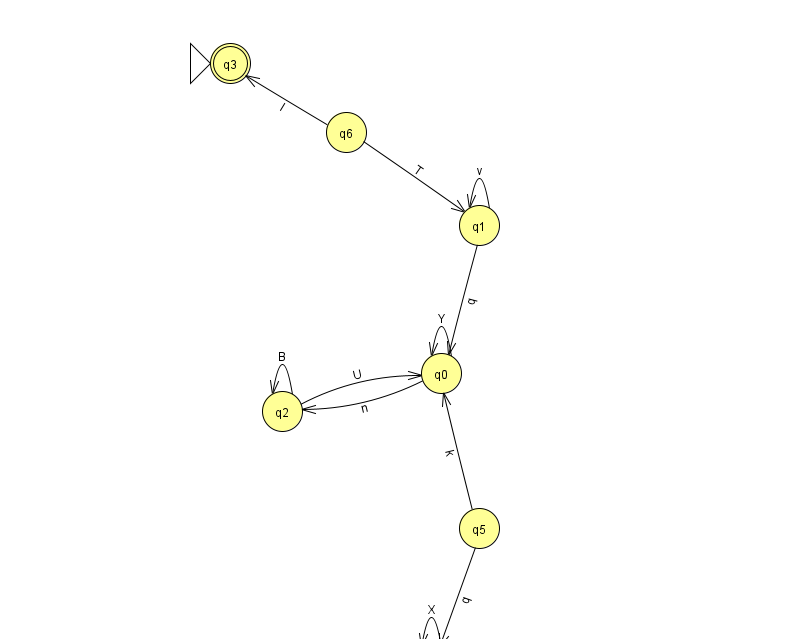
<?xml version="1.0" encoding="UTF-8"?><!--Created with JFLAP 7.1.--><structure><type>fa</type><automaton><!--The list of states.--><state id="0" name="q0"><x>441.0</x><y>360.0</y></state><state id="1" name="q1"><x>479.0</x><y>212.0</y></state><state id="2" name="q2"><x>282.0</x><y>398.0</y></state><state id="3" name="q3"><x>230.0</x><y>50.0</y><initial/><final/></state><state id="4" name="q4"><x>431.0</x><y>651.0</y></state><state id="5" name="q5"><x>479.0</x><y>515.0</y></state><state id="6" name="q6"><x>346.0</x><y>119.0</y></state><!--The list of transitions.--><transition><from>2</from><to>2</to><read>B</read></transition><transition><from>0</from><to>2</to><read>n</read></transition><transition><from>1</from><to>0</to><read>q</read></transition><transition><from>1</from><to>1</to><read>v</read></transition><transition><from>5</from><to>0</to><read>k</read></transition><transition><from>4</from><to>4</to><read>X</read></transition><transition><from>6</from><to>1</to><read>T</read></transition><transition><from>6</from><to>3</to><read>I</read></transition><transition><from>0</from><to>0</to><read>Y</read></transition><transition><from>5</from><to>4</to><read>q</read></transition><transition><from>2</from><to>0</to><read>U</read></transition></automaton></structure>